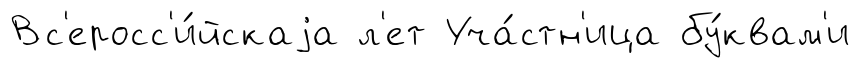
Вс'еросс'и́йскаjа л'ет Уча́стн'ица бу́квам'и